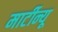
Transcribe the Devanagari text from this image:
मार्टीन्यू